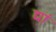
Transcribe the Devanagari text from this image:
द्यां